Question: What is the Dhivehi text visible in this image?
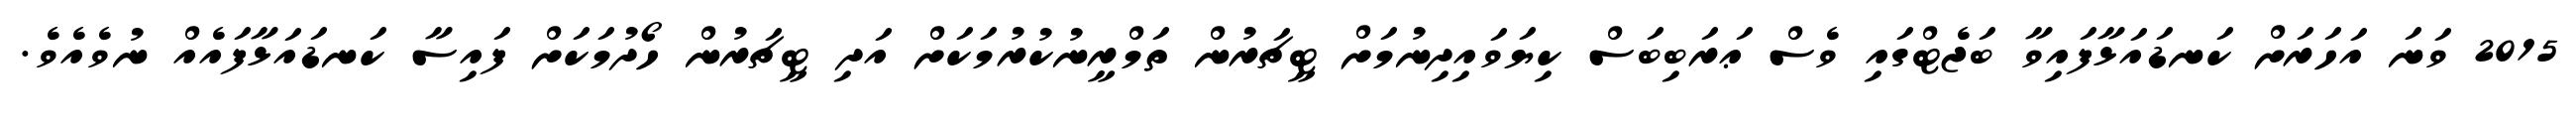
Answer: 2015 ވަނަ އަހަރަށް ކަނޑައަޅާފައިވާ ބަޖެޓްގައި ވެސް ޢަރަބިބަސް ކިޔަވައިދިނުމަށް ޓީޗަރުން ތަމްރީނުކުރުމަކަށް އަދި ޓީޗަރުން ހޯދުމަކަށް ފައިސާ ކަނޑައަޅާފައެއް ނުވެއެވެ.